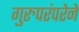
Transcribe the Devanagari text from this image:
गुरुपरंपरेने